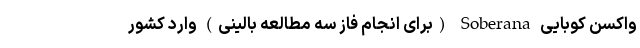
واکسن کوبایی Soberana (برای انجام فاز سه مطالعه بالینی) وارد کشور